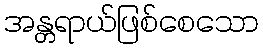
အန္တရာယ်ဖြစ်စေသော